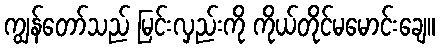
ကျွန်တော်သည် မြင်းလှည်းကို ကိုယ်တိုင်မမောင်းချေ။